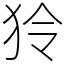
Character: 狑